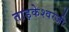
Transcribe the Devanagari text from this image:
ताड़केश्वरजी